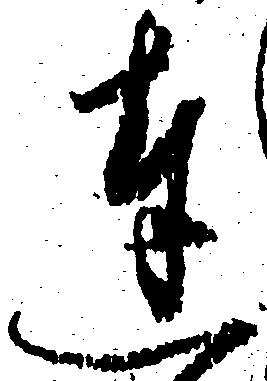
達